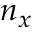
n _ { x }